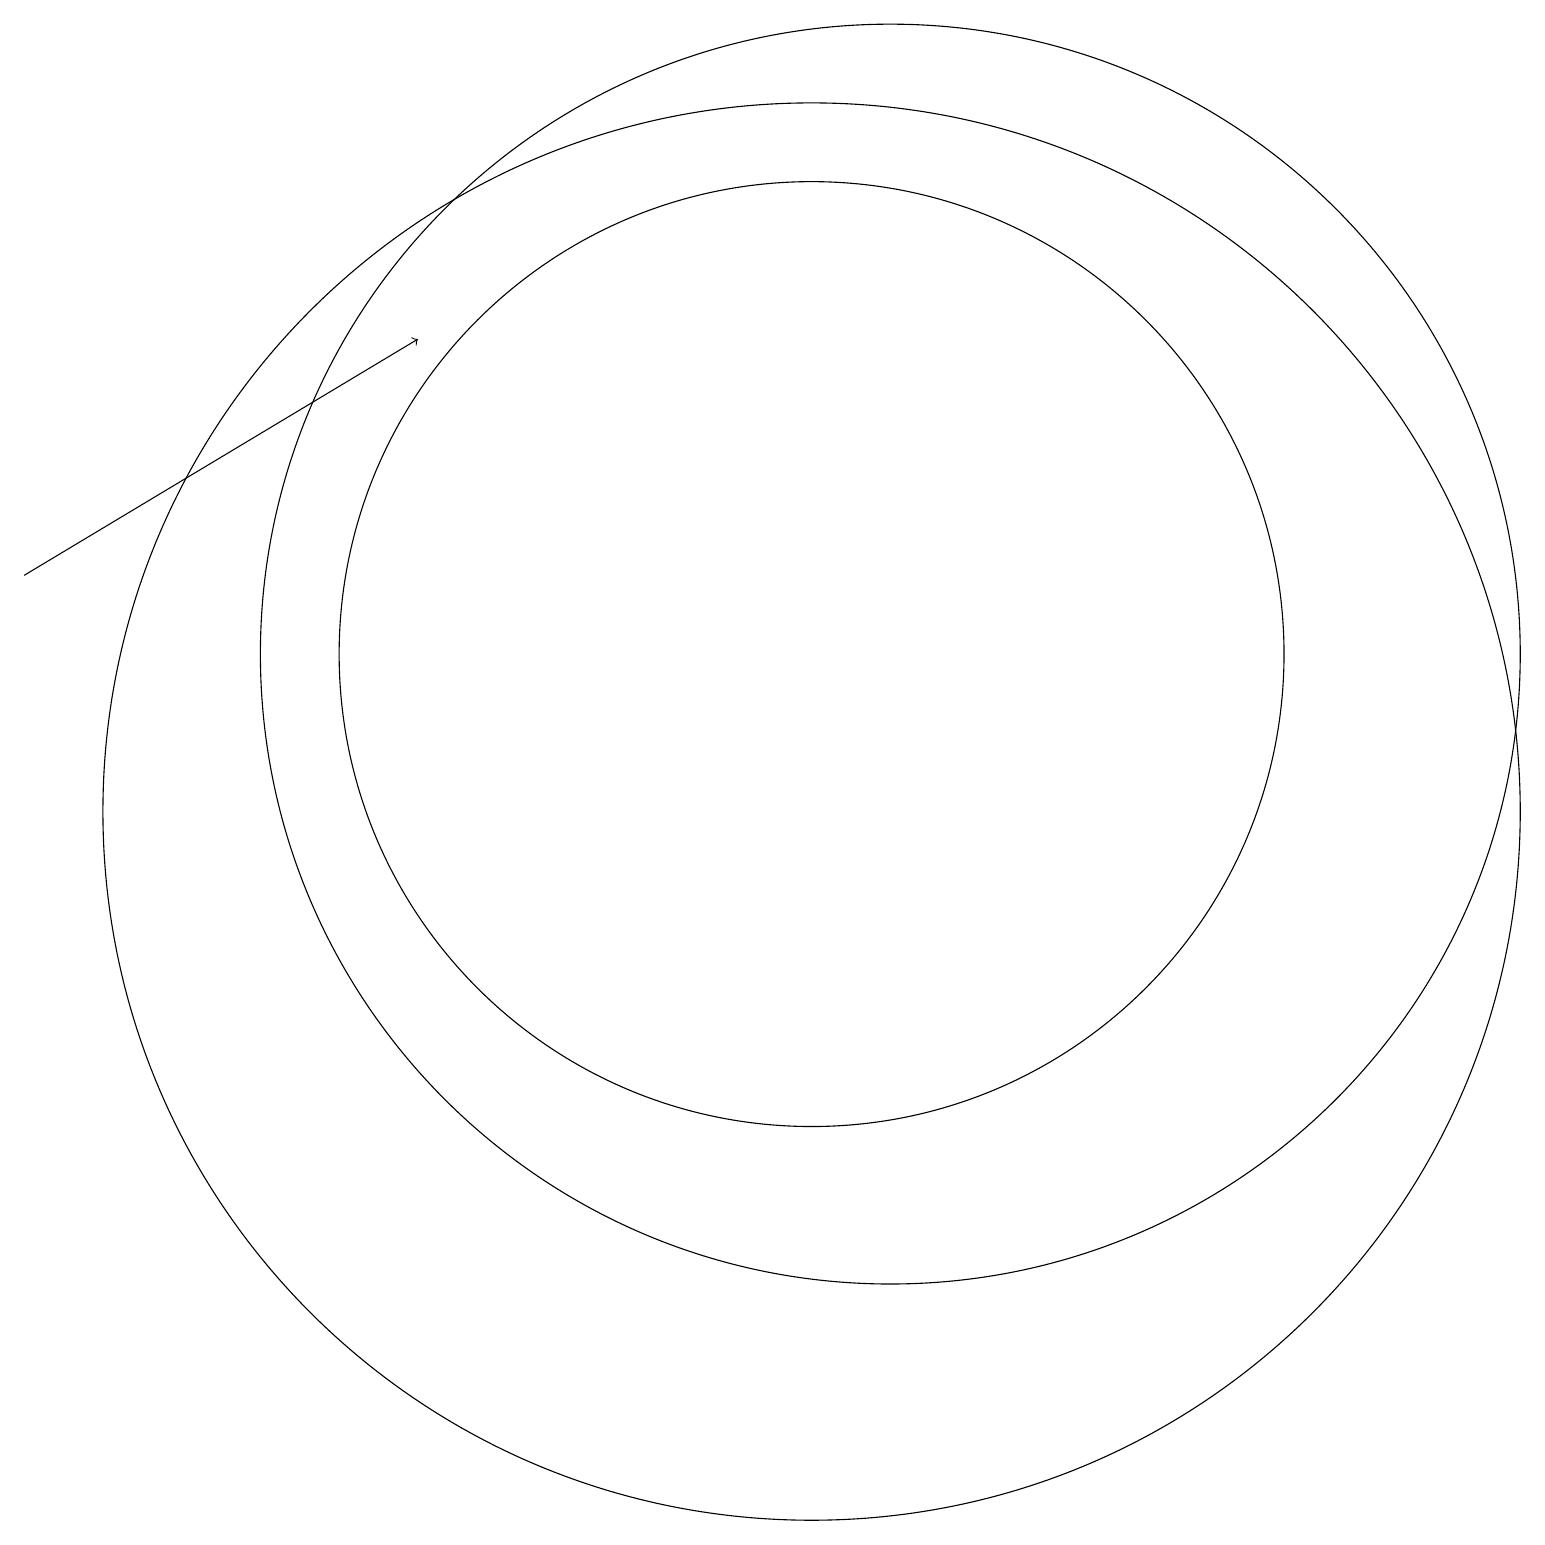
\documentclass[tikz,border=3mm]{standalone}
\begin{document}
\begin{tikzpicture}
\draw[->] (0,13) -- (5,16);
\draw (11,12) circle (8);
\draw (10,12) circle (6);
\draw (10,10) circle (9);
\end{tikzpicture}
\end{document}